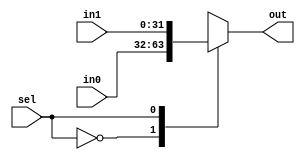
/*
E/16/388
lab 5 part 4
Mux to select between 4 8bit values
*/

module mux_32bit (in0, in1, sel, out);
	
	input [31:0] in0, in1;
	input sel;    
	output reg[31:0] out;
	
	always @(sel, in0, in1)		//sensitivity list
	begin

		case(sel)				//select out value on sel signal

			0 : out = in0; 
			1 : out = in1;

		endcase
	end	

endmodule